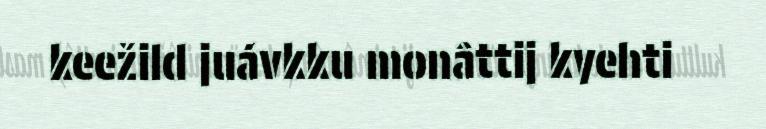
keežild juávkku monâttij kyehti